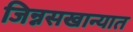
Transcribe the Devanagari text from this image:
जिन्नसखान्यात